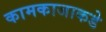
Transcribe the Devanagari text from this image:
कामकाजाकडे